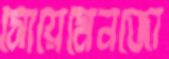
সোয়েমেনজো